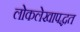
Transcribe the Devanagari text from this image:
लोकलेखापद्धत